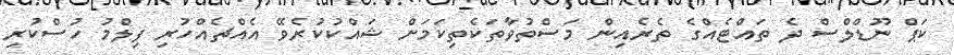
ކަޕް ނޫޑްލްސް ދެ ތައްޓެއްގެ ތެރެއިން މަސްތުވާތަކެތިކަމަށް ޝައްކުކުރެވޭ އެއްޗެއްހުރި ފިލްމު ހުސްކުރި